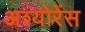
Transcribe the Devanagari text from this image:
अश्योरेंस